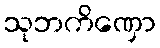
သုဘကိဏှော